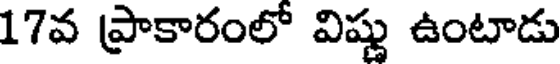
17వ ప్రాకారంలో విష్ణు ఉంటాడు